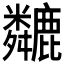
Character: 𫜏